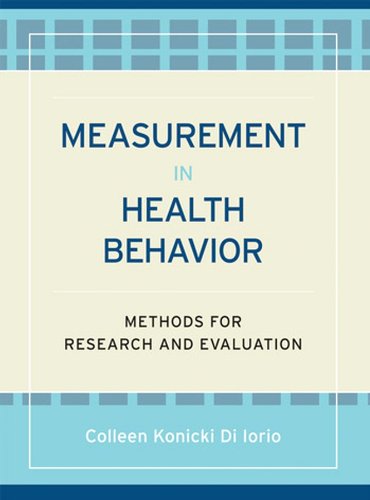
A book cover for Measurement in Health Behavior: Methods for Research and Evaluation; Colleen Konicki DiIorio; Medical Books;